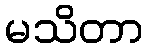
မသိတာ